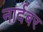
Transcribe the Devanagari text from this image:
नार्दबर